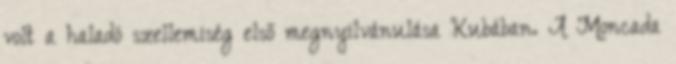
volt a haladó szellemiség első megnyilvánulása Kubában. A Moncada